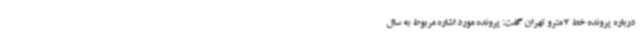
درباره پرونده خط 7 مترو تهران گفت: پرونده مورد اشاره مربوط به سال